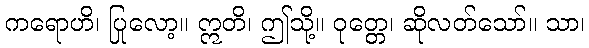
ကရောဟိ၊ ပြုလော့။ ဣတိ၊ ဤသို့။ ဝုတ္တေ၊ ဆိုလတ်သော်။ သာ၊